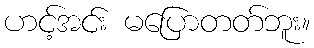
ဟင့်အင်း မပြောတတ်ဘူး။